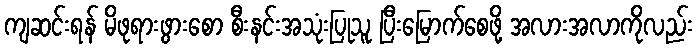
ကျဆင်းရန် မိဖုရားဖွားစော စီးနင်းအသုံးပြုသူ ပြီးမြောက်စေဖို့ အလားအလာကိုလည်း